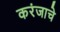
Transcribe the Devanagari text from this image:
करंजाचे